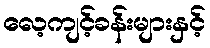
လေ့ကျင့်ခန်းများနှင့်